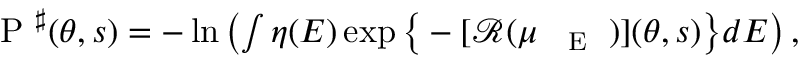
\begin{array} { r } { \mathrm { ~ P ~ } ^ { \sharp } ( \theta , s ) = - \ln \left( \int \eta ( E ) \exp \big \{ - [ { \mathcal R } ( \mu _ { \mathrm { ~ { ~ \tiny ~ E ~ } ~ } } ) ] ( \theta , s ) \big \} d E \right) , } \end{array}